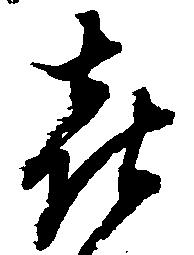
喜